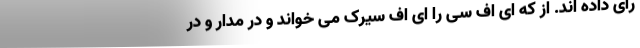
رأی داده اند. از که ای اف سی را ای اف سیرک می خواند و در مدار و در